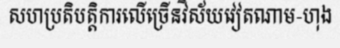
សហប្រតិបត្តិការលើច្រើនវិស័យវៀតណាម-ហុង